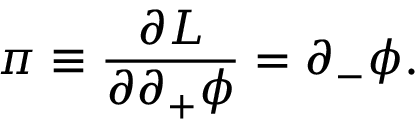
\pi \equiv { \frac { \partial { \cal L } } { \partial \partial _ { + } \phi } } = \partial _ { - } \phi .